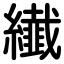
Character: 纎